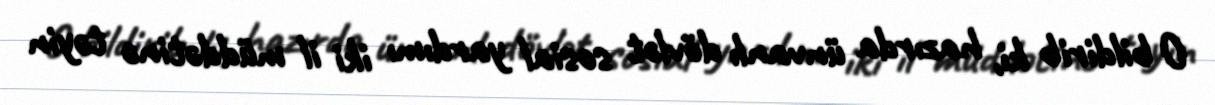
O bildirib ki, hazırda ünvanlı dövlət sosial yardımı iki il müddətinə təyin